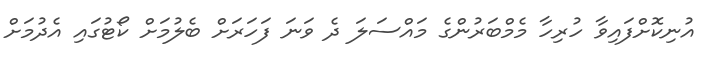
އުނިކޮށްފައިވާ ހުރިހާ މެމްބަރުންގެ މައްސަލަ ދެ ވަނަ ފަހަރަށް ބެލުމަށް ކޯޓުގައި އެދުމަށް